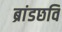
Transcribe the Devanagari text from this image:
ब्रांडछवि